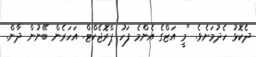
ދެކޮޅު ހެދުމަށެވެ. "މީ އަޒްގެ އެންމެ ފަހު ޕްރޮޖެކްޓް. އަހަރެން ބޭނުން ދާން.